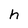
Character: h